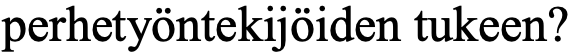
perhetyöntekijöiden tukeen?